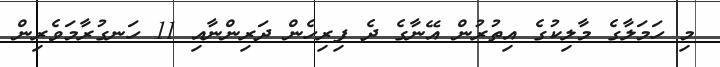
މި ހަމަލާގެ މާލިކުގެ އިތުރުން އޭނާގެ ދެ ފިރިހެން ދަރިންނާއި 11 ހަނގުރާމަވެރިން